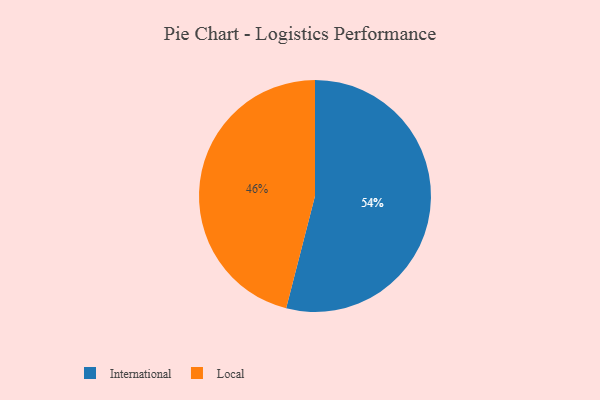
{"axis": {"x": "Category", "y": "Percentage"}, "legend": ["International", "Local"], "data": [{"x": "International", "y": 54, "type": "International"}, {"x": "Local", "y": 46, "type": "Local"}]}